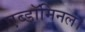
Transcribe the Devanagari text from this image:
एब्डॉमिनल।